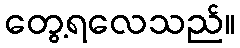
တွေ့ရလေသည်။